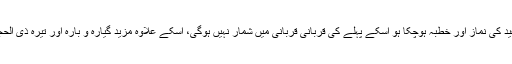
قربانی کا افضل وقت دس ذی الحجہ کا دن ہے جبکہ عید کی نماز اور خطبہ ہوچکا ہو اسکے پہلے کی قربانی قربانی میں شمار نہیں ہوگی، اسکے علاوہ مزید گیارہ و بارہ اور تیرہ ذی الحجہ کو بھی قربانی کی اجازت شریعتِ محمدی میں ہے۔